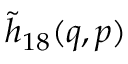
\tilde { h } _ { 1 8 } ( q , p )